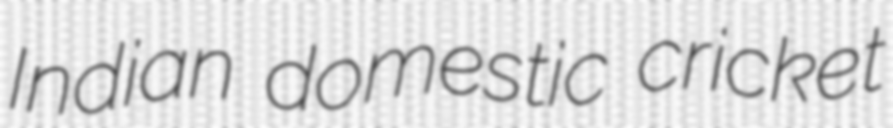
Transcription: Indian domestic cricket